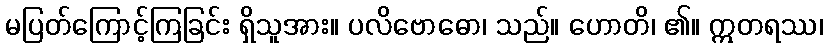
မပြတ်ကြောင့်ကြခြင်း ရှိသူအား။ ပလိဗောဓော၊ သည်။ ဟောတိ၊ ၏။ ဣတရဿ၊